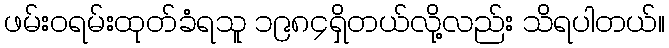
ဖမ်းဝရမ်းထုတ်ခံရသူ ၁၉၈၄ရှိတယ်လို့လည်း သိရပါတယ်။